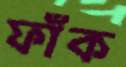
ফাঁক